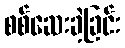
စစ်ဆေးခဲ့ခြင်း